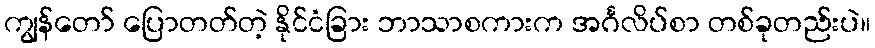
ကျွန်တော် ပြောတတ်တဲ့ နိုင်ငံခြား ဘာသာစကားက အင်္ဂလိပ်စာ တစ်ခုတည်းပဲ။